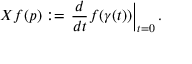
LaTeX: X f ( p ) : = \left. { \frac { d } { d t } } f ( \gamma ( t ) ) \right| _ { t = 0 } .